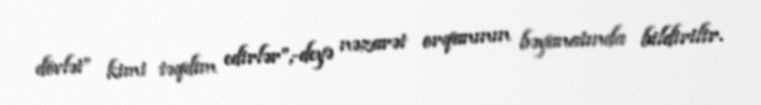
dövlət” kimi təqdim edirlər”,-deyə nəzarət orqanının bəyanatında bildirilir.